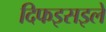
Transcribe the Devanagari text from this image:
दिफइसइले